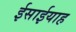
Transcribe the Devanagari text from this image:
ईसाईयाह